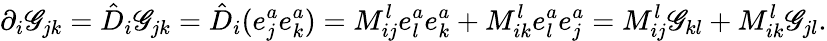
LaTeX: \partial_{i}\mathscr{G}_{jk}=\hat{{D}}_{i}\mathscr{G}_{jk}=\hat{{D}}_{i}(e_{j}^{a}e_{k}^{a})=M_{ij}^{l}e_{l}^{a}e_{k}^{a}+M_{ik}^{l}e_{l}^{a}e_{j}^{a}=M_{ij}^{l}\mathscr{G}_{kl}+M_{ik}^{l}\mathscr{G}_{jl}.